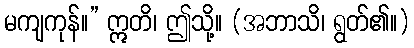
မကျကုန်။” ဣတိ၊ ဤသို့။ (အဘာသိ၊ ရွတ်၏။)